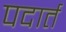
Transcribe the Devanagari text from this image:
पदार्त